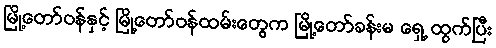
မြို့တော်ဝန်နှင့် မြို့တော်ဝန်ထမ်းတွေက မြို့တော်ခန်းမ ရှေ့ ထွက်ပြီး